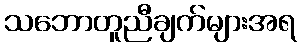
သဘောတူညီချက်များအရ